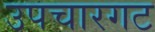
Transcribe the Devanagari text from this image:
उपचारगट